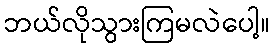
ဘယ်လိုသွားကြမလဲပေါ့။